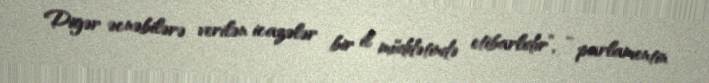
Digər əcnəbilərə verilən icazələr bir il müddətində etibarlıdır”, - parlamentin